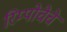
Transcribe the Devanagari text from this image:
रिम्पोचेचे